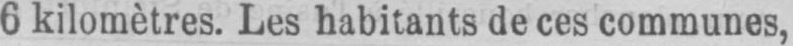
6 kilomètres. Les habitants de ces communes,